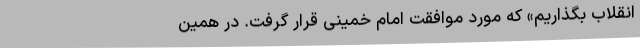
انقلاب‌ بگذاریم‌» که‌ مورد موافقت‌ امام‌ خمینی‌ قرار گرفت‌. در همین‌